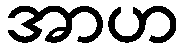
အာဟ